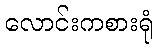
လောင်းကစားရုံ